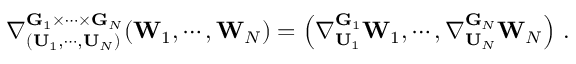
\nabla _ { ( \mathbf { U } _ { 1 } , \cdots , \mathbf { U } _ { N } ) } ^ { \mathbf { G } _ { 1 } \times \cdots \times \mathbf { G } _ { N } } ( \mathbf { W } _ { 1 } , \cdots , \mathbf { W } _ { N } ) = \left( \nabla _ { \mathbf { U } _ { 1 } } ^ { \mathbf { G } _ { 1 } } \mathbf { W } _ { 1 } , \cdots , \nabla _ { \mathbf { U } _ { N } } ^ { \mathbf { G } _ { N } } \mathbf { W } _ { N } \right) \, .